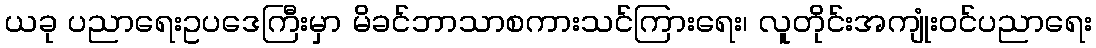
ယခု ပညာရေးဥပဒေကြီးမှာ မိခင်ဘာသာစကားသင်ကြားရေး၊ လူတိုင်းအကျုံးဝင်ပညာရေး